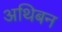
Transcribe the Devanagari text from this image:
अथिबन